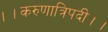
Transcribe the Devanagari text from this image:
।।करुणात्रिपदी।।